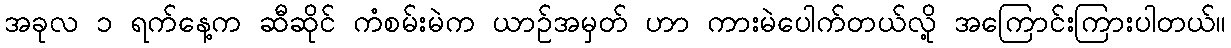
အခုလ ၁ ရက်နေ့က ဆီဆိုင် ကံစမ်းမဲက ယာဉ်အမှတ် ဟာ ကားမဲပေါက်တယ်လို့ အကြောင်းကြားပါတယ်။